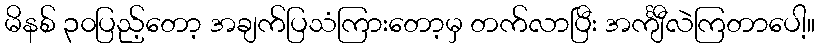
မိနစ် ၃၀ပြည့်တော့ အချက်ပြသံကြားတော့မှ တက်လာပြီး အင်္ကျီလဲကြတာပေါ့။